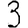
Digit: 3